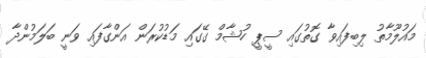
މައުލޫމާތު ލިބިފައިވާ ގޮތުގައި ސީޕީ ހުޝާމް ގޭގައި މަޑުކުރަން އަންގާފައި ވަނީ ބަލަމުންދާ